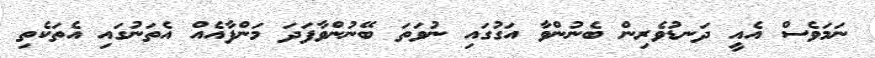
ނަމަވެސް އެއީ ދަނޑުވެރިން ބެނުންވާ އަގުގައި ނުވަތަ ބޭނުންވާފަދަ މަންފާއެއް އެތަނުގައި އެތަކެތި